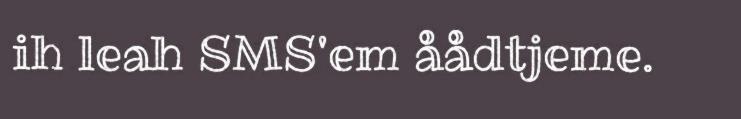
ih leah SMS'em åådtjeme.